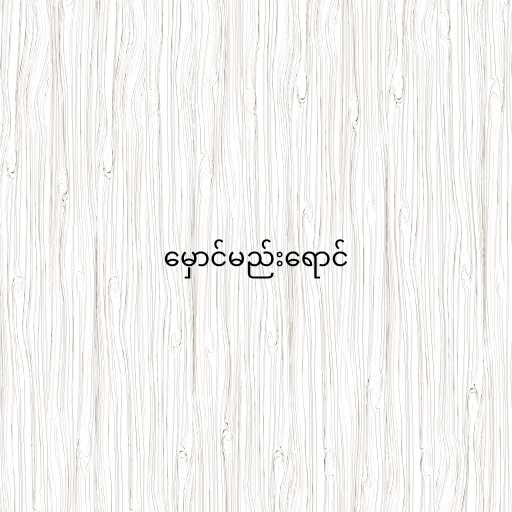
မှောင်မည်းရောင်